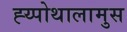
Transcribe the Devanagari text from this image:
ह्य्पोथालामुस